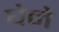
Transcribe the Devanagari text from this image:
घेने